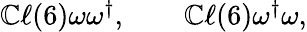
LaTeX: \begin{array}{r}{\mathbb{C}\ell(6)\omega\omega^{\dagger},\qquad\mathbb{C}\ell(6)\omega^{\dagger}\omega,}\end{array}